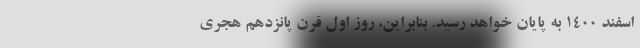
اسفند ۱۴۰۰ به پایان خواهد رسید. بنابراین، روز اول قرن پانزدهم هجری